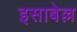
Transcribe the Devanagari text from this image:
इसाबेल्ल